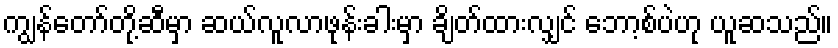
ကျွန်တော်တို့ဆီမှာ ဆယ်လူလာဖုန်းခါးမှာ ချိတ်ထားလျှင် ဘော့စ်ပဲဟု ယူဆသည်။